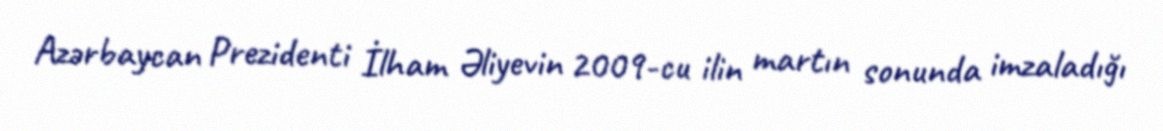
Azərbaycan Prezidenti İlham Əliyevin 2009-cu ilin martın sonunda imzaladığı